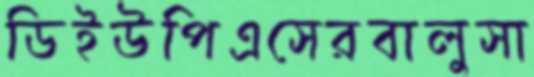
ডিইউপিএসেরবালুসা